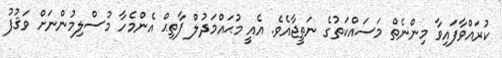
ކުރައްވާފައިވާ މިންނެތް މަސައްކަތުގެ ނަތީޖާއެވެ. އެއީ މުޙައްމަދުލް ފާތިޙް އެންމެހާ މުސްލިމުންނަށް ވަޤުފު